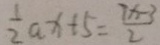
\frac { 1 } { 2 } a x + 5 = \frac { 7 x - 3 } { 2 }